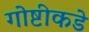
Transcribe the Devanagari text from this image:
गोष्टीकडे